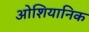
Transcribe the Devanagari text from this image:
ओशियानिक